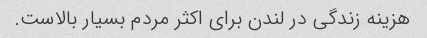
هزینه زندگی در لندن برای اکثر مردم بسیار بالاست.